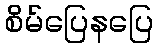
စိမ်ပြေနပြေ